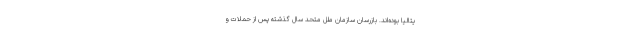
یتالیا بوده‌اند. بازرسان سازمان ملل متحد سال گذشته پس از حملات و